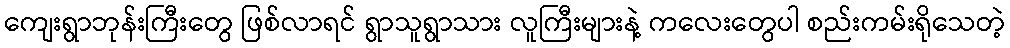
ကျေးရွာဘုန်းကြီးတွေ ဖြစ်လာရင် ရွာသူရွာသား လူကြီးများနဲ့ ကလေးတွေပါ စည်းကမ်းရိုသေတဲ့